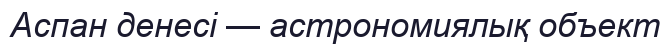
Аспан денесі — астрономиялық объект